Report of the King Institute of Preventive Medicine, Guindy
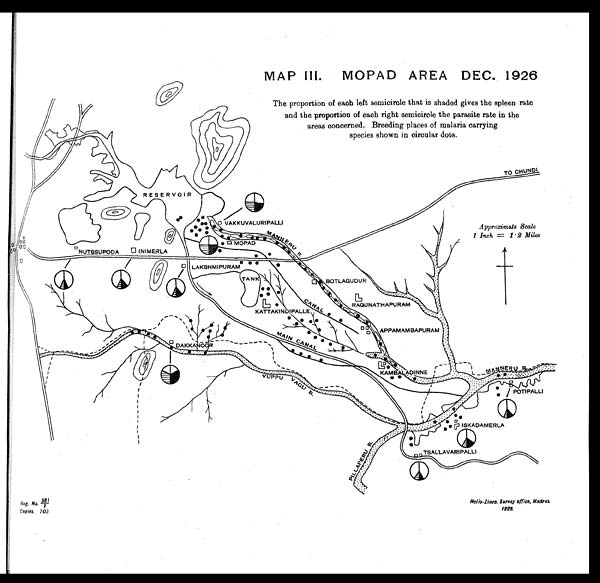
381 R. No.
Copies. 703
Helio-Zinco. Survey office, Madras.
1929.
MAP III. MOPAD AREA DEC. 1926
The proportion of each left semicircle that is shaded gives the spleen rate
and the proportion of each right semicircle the parasite rate in the
areas concerned. Breeding places of malaria carrying
species shown in circular dots.